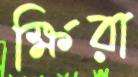
ক্ষিরা